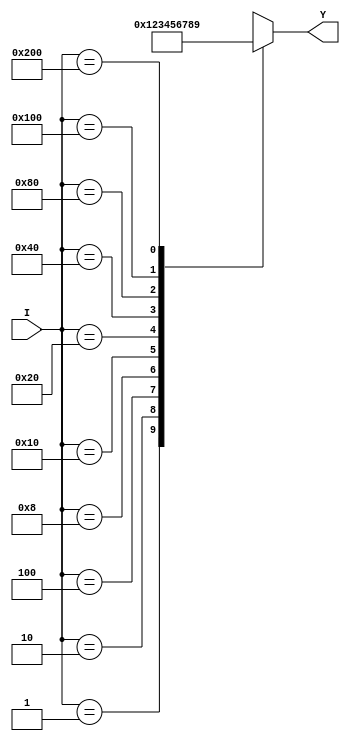
module dec_to_bin_encoder(I,Y);
	input [9:0] I;
	output reg [3:0] Y;
	
	always@(I)begin
		Y = 4'bx;
		case(I)
		  1: Y = 0;
		  2: Y = 1;
		  4: Y = 2;
		  8: Y = 3;
		 16: Y = 4;
		 32: Y = 5;
		 64: Y = 6;
		128: Y = 7;
		256: Y = 8;
		512: Y = 9;
		default: Y = 4'bx;
		endcase
	end
endmodule